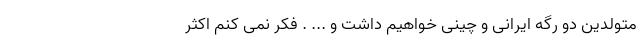
متولدین دو رگه ایرانی و چینی خواهیم داشت و ... . فکر نمی کنم اکثر